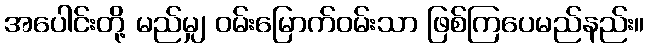
အပေါင်းတို့ မည်မျှ ဝမ်းမြောက်ဝမ်းသာ ဖြစ်ကြပေမည်နည်း။